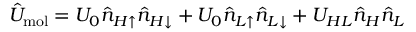
\hat { U } _ { \mathrm { m o l } } = U _ { 0 } \hat { n } _ { H \uparrow } \hat { n } _ { H \downarrow } + U _ { 0 } \hat { n } _ { L \uparrow } \hat { n } _ { L \downarrow } + U _ { H L } \hat { n } _ { H } \hat { n } _ { L }